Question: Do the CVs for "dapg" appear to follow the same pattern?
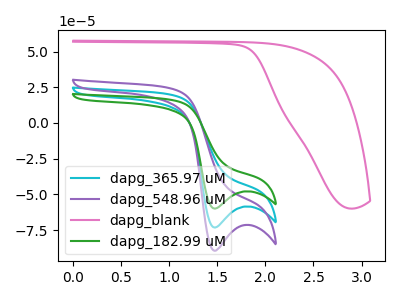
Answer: <think>The cyan curve "dapg_365.97 uM" has a cathodic peak at: (1.45V, -73.25uA). The purple curve "dapg_548.96 uM" has a cathodic peak at: (1.45V, -146.50uA). The pink curve "dapg_blank" has no peaks. The green curve "dapg_182.99 uM" has a cathodic peak at: (1.45V, -59.95uA).
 All the peaks in "dapg_365.97 uM" have a peak in "dapg_548.96 uM" at the same potential. Every peak in "dapg_365.97 uM" is lower than every peak in "dapg_548.96 uM". "dapg_365.97 uM" and "dapg_blank" have a different number of peaks. All the peaks in "dapg_365.97 uM" have a peak in "dapg_182.99 uM" at the same potential. Every peak in "dapg_365.97 uM" is higher than every peak in "dapg_182.99 uM". "dapg_548.96 uM" and "dapg_blank" have a different number of peaks. All the peaks in "dapg_548.96 uM" have a peak in "dapg_182.99 uM" at the same potential. Every peak in "dapg_548.96 uM" is higher than every peak in "dapg_182.99 uM". "dapg_blank" and "dapg_182.99 uM" have a different number of peaks.</think>
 <answer>All the CV's of "dapg" have similar shape.</answer>
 <eval>follow_rule</eval>